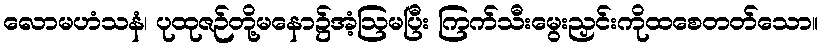
လောမဟံသနံ၊ ပုထုဇဉ်တို့မနော၌အံ့ဩမပြီး ကြက်သီးမွေးညှင်းကိုထစေတတ်သော။